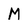
Character: M